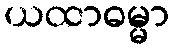
ယထာဓမ္မာ